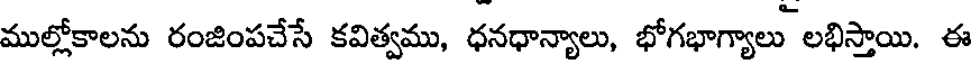
ముల్లోకాలను రంజింపచేసే కవిత్వము, ధనధాన్యాలు, భోగభాగ్యాలు లభిస్తాయి. ఈ